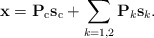
\begin{align*} \mathbf{x}=\mathbf{P}_{\mathrm{c}} \mathbf{s}_{\mathrm{c}} + \sum_{k=1,2} \mathbf{P}_k \mathbf{s}_{k}.\end{align*}